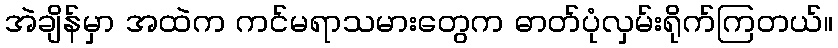
အဲချိန်မှာ အထဲက ကင်မရာသမားတွေက ဓာတ်ပုံလှမ်းရိုက်ကြတယ်။